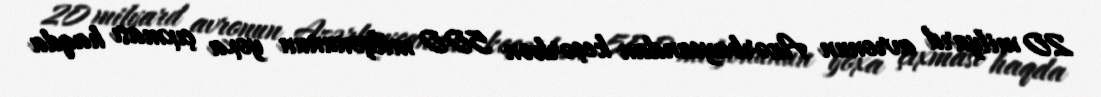
20 milyard avronun Azərbaycandan keçərkən 500 milyonunun yoxa çıxması haqda